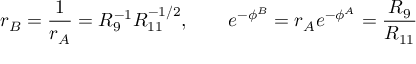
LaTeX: { r _ { B } = { \frac { 1 } { r _ { A } } } = R _ { 9 } ^ { - 1 } R _ { 1 1 } ^ { - 1 / 2 } , \qquad e ^ { - \phi ^ { B } } = r _ { A } e ^ { - \phi ^ { A } } = { \frac { R _ { 9 } } { R _ { 1 1 } } } }